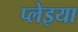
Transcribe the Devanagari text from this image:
प्लेइया